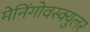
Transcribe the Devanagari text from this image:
मेनिंगोवस्क्युलर